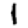
Digit: 1